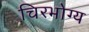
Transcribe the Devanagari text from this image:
चिरभोग्य